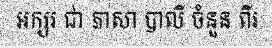
អក្សរ ជា ភាសា បាលី ចំនួន ពីរ